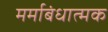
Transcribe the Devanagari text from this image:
मर्माबंधात्मक